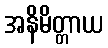
အနိမိတ္တာယ